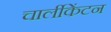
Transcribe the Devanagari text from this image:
चार्लीकेंटन